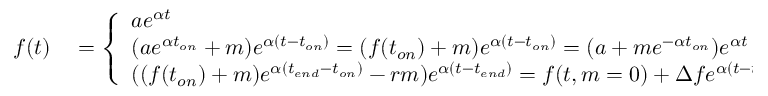
\begin{array} { r l } { f ( t ) } & { { } = \left\{ \begin{array} { l l } { a e ^ { \alpha t } } & { t < t _ { o n } } \\ { ( a e ^ { \alpha t _ { o n } } + m ) e ^ { \alpha ( t - t _ { o n } ) } = ( f ( t _ { o n } ) + m ) e ^ { \alpha ( t - t _ { o n } ) } = ( a + m e ^ { - \alpha t _ { o n } } ) e ^ { \alpha t } } & { t _ { o n } \leq t < t _ { e n d } } \\ { ( ( f ( t _ { o n } ) + m ) e ^ { \alpha ( t _ { e n d } - t _ { o n } ) } - r m ) e ^ { \alpha ( t - t _ { e n d } ) } = f ( t , m = 0 ) + \Delta f e ^ { \alpha ( t - t _ { e n d } ) } = ( a + \Delta f e ^ { - \alpha t _ { e n d } } ) e ^ { \alpha t } } & { t _ { e n d } \leq t } \end{array} \right. } \end{array}